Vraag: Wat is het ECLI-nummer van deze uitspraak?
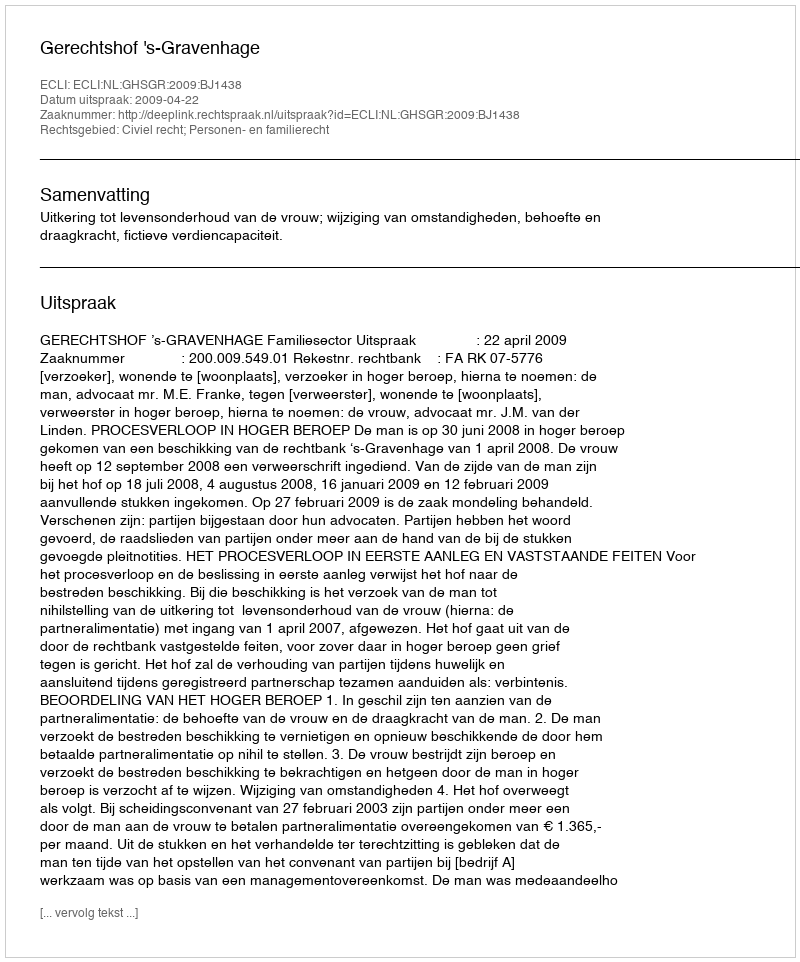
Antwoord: ECLI:NL:GHSGR:2009:BJ1438